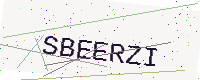
Text: SBEERZI